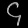
Digit: ၄